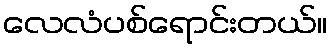
လေလံပစ်ရောင်းတယ်။